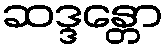
ဆဒ္ဒန္တော